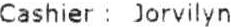
CASHIER : JORVILYN